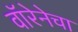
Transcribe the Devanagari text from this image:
वॉरेनेचा